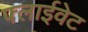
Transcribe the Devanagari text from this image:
फ्लाईवेट